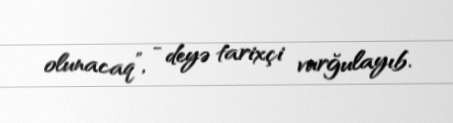
olunacaq”, - deyə tarixçi vurğulayıb.